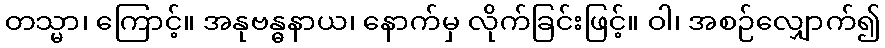
တသ္မာ၊ ကြောင့်။ အနုဗန္ဓနာယ၊ နောက်မှ လိုက်ခြင်းဖြင့်။ ဝါ၊ အစဉ်လျှောက်၍